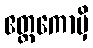
ဧတ္တကောမှိ